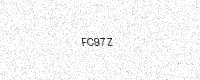
Text: FC97Z